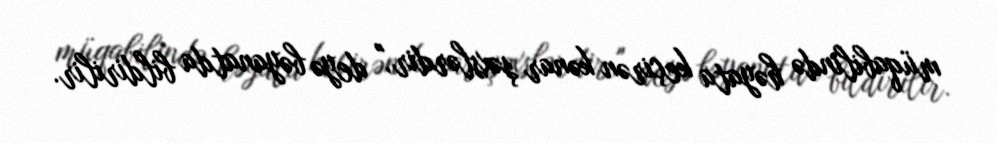
müqabilində həyata keçirən kənar şəxslərdir," deyə bəyanatda bildirilir.